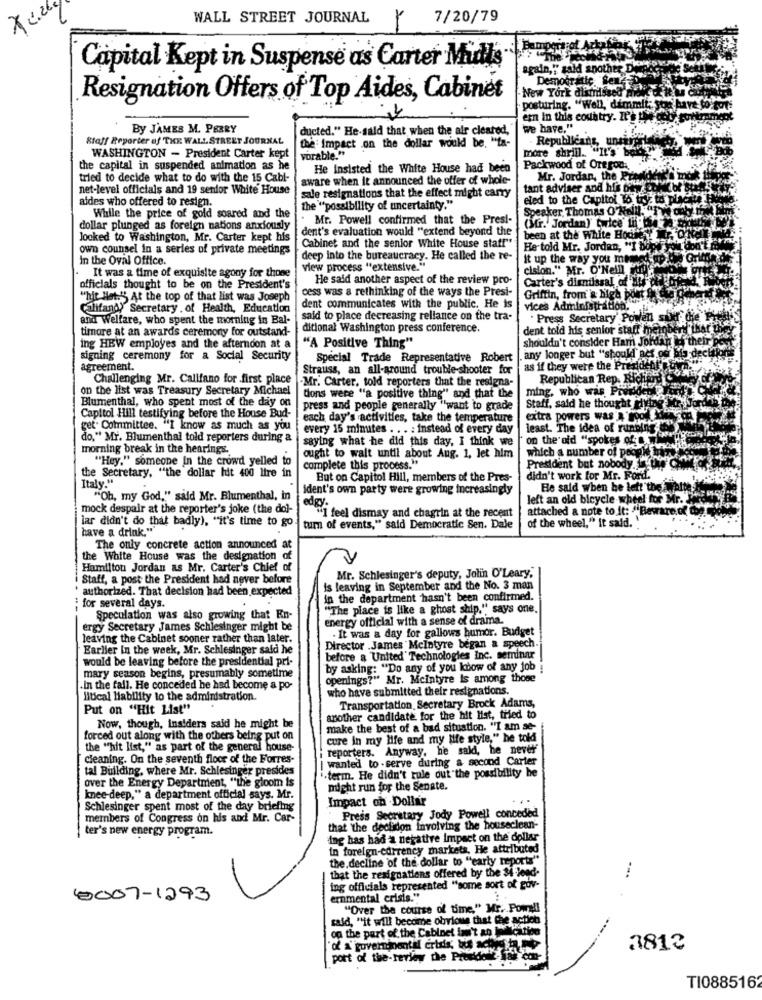
WALL STREET JOURNAL
Y 7/20/79
Capital Kept in Suspense as Carter Midts
again," said another De
Democratic Sen-
New York dismissed mi
Resignation Offers of Top Aides, Cabinet
posturing. "Well, dimmit; o
ern in this country. It's the
By JAMES M. PERRY
ducted." He-said that when the air cleared,
we have."
Staff Reporter of THE WALL STREET JOURNAL
the Impact on the dollar would be. "ta-
more shrill.
· Republicans, unsirak
WASHINGTON - President Carter kept
vorable."
the capital in suspended animation as he
He Insisted the White House had been
Packwood of Oregon. .
tried to decide what to do with the 15 Cabl-
aware when it announced the offer of whole-
Mr. Jordan, the PF
net-level officials and 19 senior White House
tant adviser and his bewe
aides who offered to resign.
sale resignations that the effect might carry
eled to the Capitol To try to placki
the "possibility of uncertainty."
Speaker, Thomas O'Nelll. "Tw aby me
While the price of gold soared and the
Mr. Powell confirmed that the Pres !-
dollar plunged as foreign nations anxiously
dent's evaluation would "extend beyond the
(Mr. Jordan)' twice' th 64-
looked to Washington, Mr. Carter kept his
been at the White House yr, Co
own counsel in a series of private meetings
Cabinet and the senior White House staff"
He told Mr. Jordan, "I bope
In the Oval Office.
deep into the bureaucracy. He called the re-
it up the way you memed
view process "extensive."
cision." Mr. O'Neill
It was a time of exquisite agony for thone
He said another aspect of the review pro-
officials thought to be on the President's
cess was a rethinking of the ways the Presi-
Carter's dimmilssal of 20
"hit list:"' At the top of that list was Joseph
Griffin, from & bigh pont Sk
Califano) Secretary . of Health, Education
dent communicates with the public. He is
vices Administration.
and Welfare, who spent the morning in Bal-
said to place decreasing reliance on the tra-
. Press Secretary' Powen sukt thie"
timore at an awards ceremony for outstand-
ditional Washington press conference.
dent told his senior staff meinb
shouldn't consider Ham Jordan
to their
ing HEW employes and the afternoon at a
"A Positive Thing"
signing ceremony for a Social Security
Special Trade Representative Robert
.any longer but "should act of bio decl
agreement.
Strauss, an all-around trouble shooter for
as if they were the President's
Challenging Mr. Califano for first place
Republican Rep. Richard
on the list was Treasury Secretary Michael
-Mr. Carter, told reporters that the resigns-
ming, who was Pivildet
Blumenthal, who spent most of the day on
tions were "a positive thing" and that the
press and people generally "want to grade
Staff, said he thought giving
Capitol Hill testifying before the House Bud-
each day's activities, take the temperature
extra powers was 4 Food
get. Committee. "I know as much as you
every 15 minutes .. . : Instead of every day
least. The idea of running ...
do," Mr. Blumenthal told reporters during &
saying what he did this day, I think we
morning break in the hearings.
on the old "spokes of Health
"Hey." someone In the crowd yelled to
ought to wait until about Aug. 1, let him
which a number of people s
complete this process."
President but nobody. two
Italy."
the Secretary, "the dollar hit 400 Itre in
But on Capitol Hill, members of the Pres-
didn't work for Mr. Ford.
ident's own party were growing increasingly
He said when he left thebibite
"Oh, my God," said Mr. Blumenthal, in
edgy .
left an old bicycle wheel for Mr. W
mock despair at the reporter's joke (the dol-
attached a note to it: "Bewa
lar didn't do that badly), "it's time to go
"I feel dismay and chagrin at the recent
of the wheel," It said. "
have a drink."
tum of events," said Democratic Sen. Dale
The only concrete action announced a
the White House was the designation of
Hamilton Jordan as Mr. Carter's Chief of
Staff, a post the President had never before
Mr. Schlesinger's deputy, Jolin O'Leary,
' authorized. That decision had been expected
Is leaving in September and the No. 3 man
in the department hasn't been confirmed.
: for several days.
"The place is like a ghost ship," says one.
Speculation was also growing that En-
energy official with a sense of drama.
ergy Secretary James Schlesinger might be
leaving the Cabinet sooner rather than later.
- It was a day for gallows humor. Budget
Earlier In the week, Mr. Schlesinger said he
Director .James Mcintyre began a speech
would be leaving before the presidential pri-
before a United Technologies Inc. seminar
by asking: "Do any of you know of any job
mary season begins, presumably sometime
openings?" Mr. Mcintyre Is among those
.In the fall. He conceded he had become a po-
who have submitted their resignations.
Hitical liability to the administration.
Put on "Hit List"
Transportation, Secretary Brock Adams,
another candidate for the hit list, tried to
Now, though, insiders said he might be
make the best of a bad situation. "I am se-
forced out along with the others being put on
cure in my life and my life style," he told
the "hit list," as part of the general house-
reporters. Anyway, he said, he never
cleaning. On the seventh floor of the Forres-
wanted to -serve during a second Carter
tal Building, where Mr. Schlesinger presides
"-term. He didn't rule out the possibility he
over the Energy Department, "the gloom is
might run for the Senate.
knee-deep," a department official says. Mr.
Impact on Dollar
Schlesinger spent most of the day briefing
meinbers of Congress on his and Mr. Car-
Press Secretary Jody Powell conceded
ter's new energy program.
that the declidon involving the houseclean-
ing has had a negative Impact on the dollar
in foreign-currency markets. He attributed
the decline of the dollar to "early reports"
that the resignations offered by the 34 lend-
ing officials represented "some sort of gov-
0007-1293
ernmental crisis."
"Over the course of time," Mr. Powell
said, "it will become obvious that the actien
on the part of the Cabinet in't an Iselication
---.
3813
port of the-review the Prondele las
TI088516